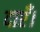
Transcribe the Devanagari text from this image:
दाएँ।